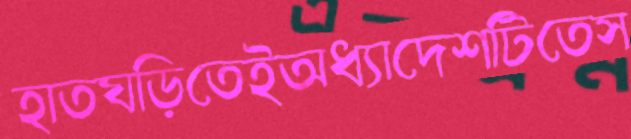
হাতঘড়িতেইঅধ্যাদেশটিতেস